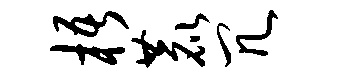
梧鹿冗